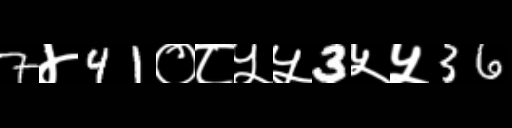
Text: 7४41०८५५3५५36